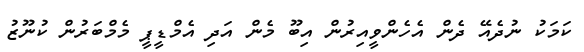
ކަމަކު ނުދެއޭ ދެން އެހެންވީއިރުން އިބޫ މެން އަދި އެމްޑީޕީ މެމްބަރުން ކުނޫޒު